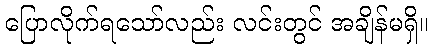
ပြောလိုက်ရသော်လည်း လင်းတွင် အချိန်မရှိ။